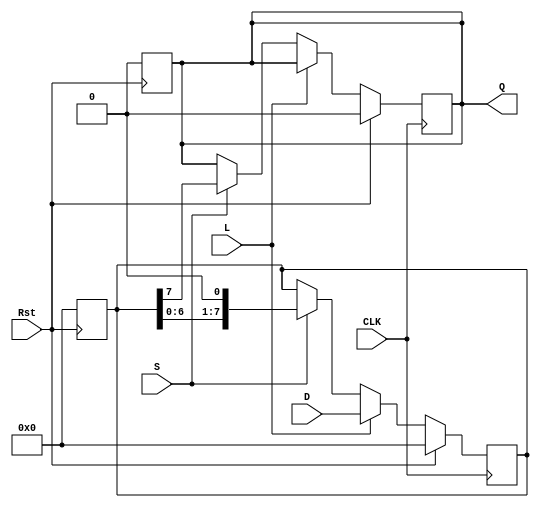
module PISO_Register #(parameter WIDTH = 8) (
    input wire [WIDTH-1:0] D,      // Parallel data inputs
    input wire L,                  // Load signal
    input wire CLK,                // Clock signal
    input wire S,                  // Shift signal
    input wire Rst,                // Reset signal (optional)
    output reg Q                   // Serial output
);

    reg [WIDTH-1:0] R;             // Shift register to hold data

    // Asynchronous reset
    always @(posedge Rst) begin
        R <= {WIDTH{1'b0}};        // Clear the register to zero
        Q <= 1'b0;                 // Clear serial output
    end

    // Main operation
    always @(posedge CLK) begin
        if (Rst) begin
            R <= {WIDTH{1'b0}};    // Reset the register to zero
            Q <= 1'b0;             // Reset serial output
        end else begin
            if (L) begin
                R <= D;            // Load parallel data into the register
            end else if (S) begin
                Q <= R[WIDTH-1];   // Output the MSB to Q
                R <= {R[WIDTH-2:0], 1'b0}; // Shift right (or left as needed)
            end
            // If neither L nor S is asserted, retain current state
        end
    end

endmodule